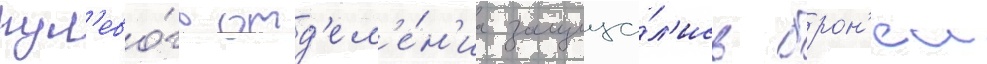
рул'ево́го отд'ел'е́н'иа защища́л'ись брон'еи